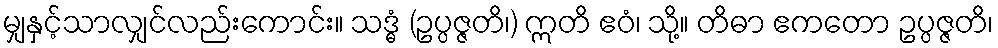
မျှနှင့်သာလျှင်လည်းကောင်း။ သဒ္ဓံ (ဥပ္ပဇ္ဇတိ၊) ဣတိ ဧဝံ၊ သို့။ တိဓာ ဧကတော ဥပ္ပဇ္ဇတိ၊